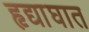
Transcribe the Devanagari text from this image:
हृद्याघात